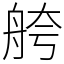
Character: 舿